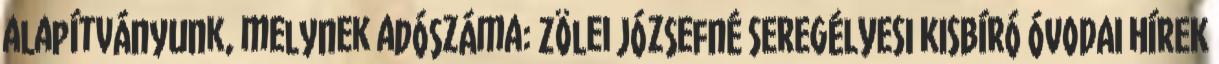
alapítványunk, melynek adószáma: Zölei Józsefné SEREGÉLYESI KISBÍRÓ ÓVODAI HÍREK